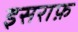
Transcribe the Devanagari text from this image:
इसराफ़